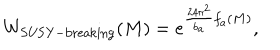
W _ { \mathrm { S U S Y - b r e a k i n g } } ( M ) = e ^ { { \frac { 2 4 \pi ^ { 2 } } { b _ { a } } } f _ { a } ( M ) } ,